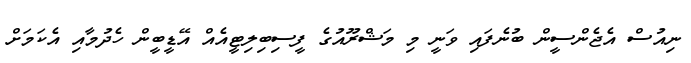
ނިއުސް އެޖެންސީން ބުނެފައި ވަނީ މި މަޝްރޫއުގެ ފީސިބިލިޓީއެއް އޭޑީބީން ހެދުމާއި އެކަމަށް